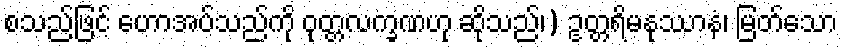
စသည်ဖြင့် ဟောအပ်သည်ကို ဝုတ္တလက္ခဏဟု ဆိုသည်၊) ဥတ္တရိမနုဿာနံ၊ မြတ်သော